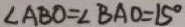
\angle A B O = \angle B A O = 1 5 ^ { \circ }